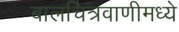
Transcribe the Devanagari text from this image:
बालचित्रवाणीमध्ये